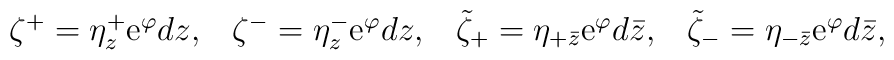
\matrix{\zeta^+=\eta^+_z {\rm e}^\varphi dz,&\zeta^-=\eta^-_z  {\rm e}^\varphi dz,&\tilde\zeta_+=\eta_{+\bar z} {\rm e}^\varphi d\bar z,&\tilde\zeta_-=\eta_{-\bar z} {\rm e}^\varphi d\bar z,}